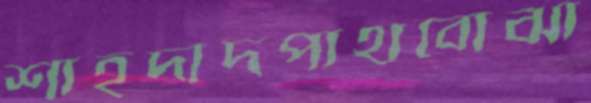
শাহদাদপাথবোঝা